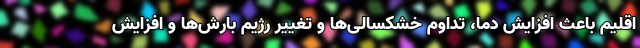
اقلیم باعث افزایش دما، تداوم خشکسالی‌ها و تغییر رژیم بارش‌ها و افزایش